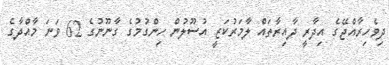
ދިވެހިރާއްޖޭގެ އިދާރީ ދާއިރާތައް ލާމަރުކަޒީ އުސޫލުން ހިންގުމުގެ ގާނޫނުގެ 62 ވަނަ މާއްދާގެ